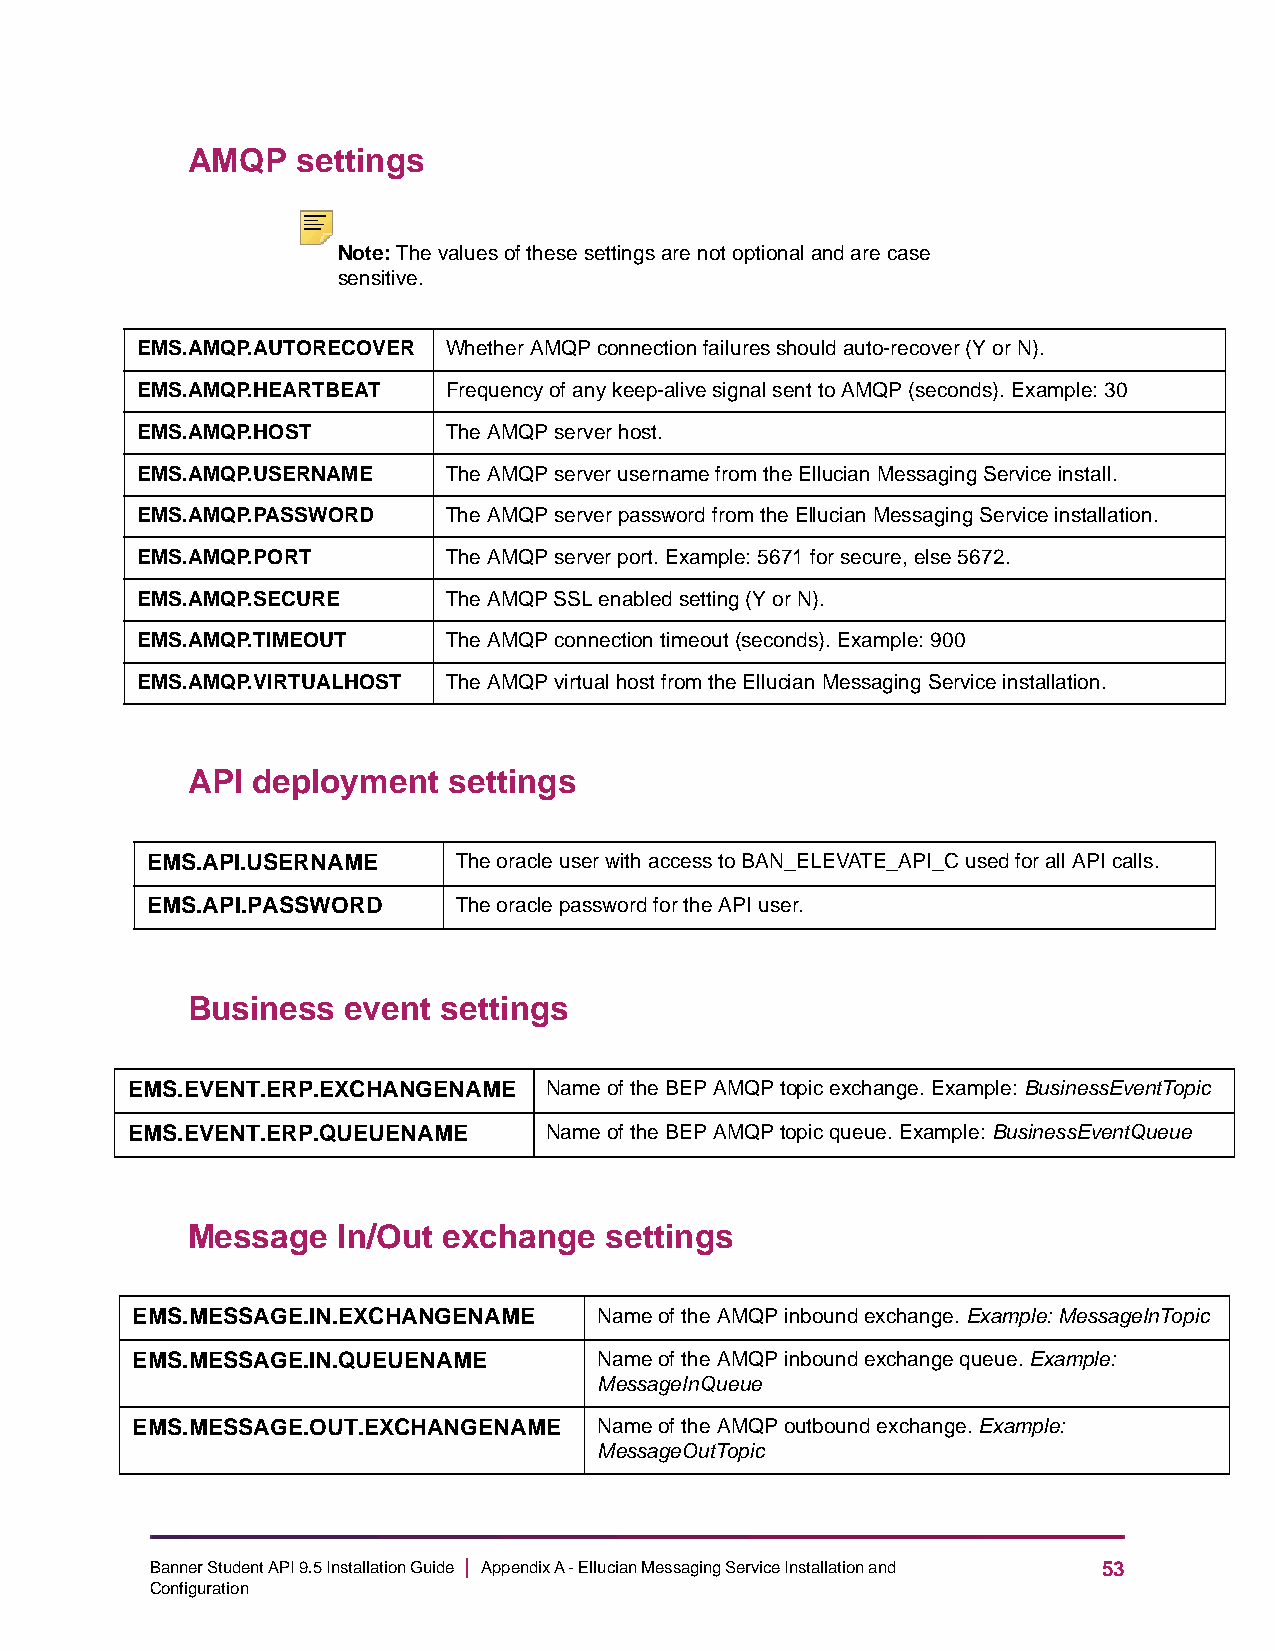
AMQP    settings
 Note: The values of these settings are not optional and are case
 sensitive.
 EMS.AMQP.AUTORECOVER Whether AMQP connection failures should auto-recover (Y or N).
 EMS.AMQP.HEARTBEAT   Frequency of any keep-alive signal sent to AMQP (seconds). Example: 30
 EMS.AMQP.HOST        The AMQP server host.
 EMS.AMQP.USERNAME    The AMQP server username from the Ellucian Messaging Service install.
 EMS.AMQP.PASSWORD    The AMQP server password from the Ellucian Messaging Service installation.
 EMS.AMQP.PORT        The AMQP server port. Example: 5671 for secure, else 5672.
 EMS.AMQP.SECURE      The AMQP SSL enabled setting (Y or N).
 EMS.AMQP.TIMEOUT     The AMQP connection timeout (seconds). Example: 900
 EMS.AMQP.VIRTUALHOST The AMQP virtual host from the Ellucian Messaging Service installation.
 API  deployment   settings
 EMS.API.USERNAME    The oracle user with access to BAN_ELEVATE_API_C used for all API calls.
 EMS.API.PASSWORD    The oracle password for the API user.
 Business   event settings
 EMS.EVENT.ERP.EXCHANGENAME  Name of the BEP AMQP topic exchange. Example: BusinessEventTopic
 EMS.EVENT.ERP.QUEUENAME     Name of the BEP AMQP topic queue. Example: BusinessEventQueue
 Message   In/Out exchange   settings
 EMS.MESSAGE.IN.EXCHANGENAME    Name of the AMQP inbound exchange. Example: MessageInTopic
 EMS.MESSAGE.IN.QUEUENAME       Name of the AMQP inbound exchange queue. Example:
 MessageInQueue
 EMS.MESSAGE.OUT.EXCHANGENAME   Name of the AMQP outbound exchange. Example:
 MessageOutTopic
 Banner Student API 9.5 Installation Guide | Appendix A - Ellucian Messaging Service Installation and 53
 Configuration